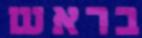
בראש